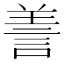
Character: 𦎍